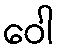
ဝေါ